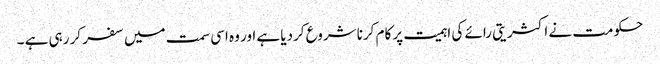
حکومت نے اکثریتی رائے کی اہمیت پر کام کرنا شروع کردیا ہے اور وہ اسی سمت میں سفر کر رہی ہے ۔